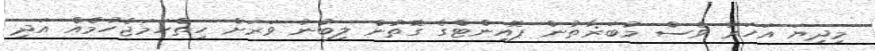
މިދިޔަ އަހަރު ވެސް މުބަޜާތުން ޕޮއިންޓްގެ ގޮތުން ލިބުނު ވަރަށް ހިތްހަމަޖެހުމެއް އަދި